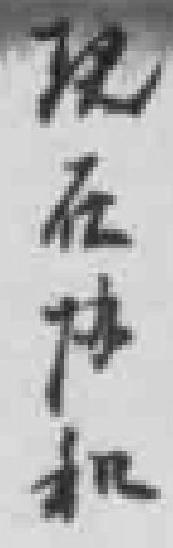
现在协和